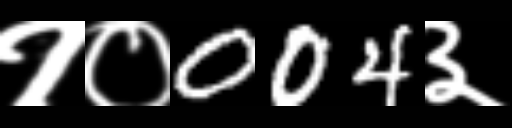
Text: १०004३